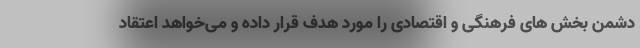
دشمن بخش های فرهنگی و اقتصادی را مورد هدف قرار داده و می‌خواهد اعتقاد